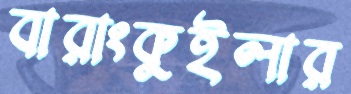
বারাংকুইলার